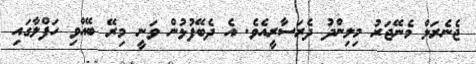
ޖެނެރަލް މެނޭޖަރު މިލިންދު ދެރަސާރީއެވެ. އެ ދެބޭފުޅުން ވަނީ މިރޭ ބޭއްވި ހަފްލާގައި